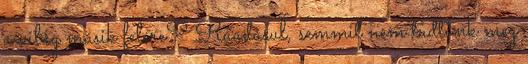
a világ másik felére? Ráadásul, semmit nem tudtunk meg